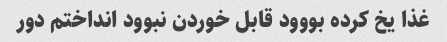
غذا یخ کرده بووود قابل خوردن نبوود انداختم دور